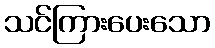
သင်ကြားပေးသော